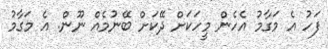
ފަހު އެ މަގާމު އެހެން މީހަކަށް ދޭކަށް ބޭނުމެއް ނޫން. އެ މަގާމު